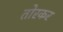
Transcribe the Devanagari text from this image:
तोरकर